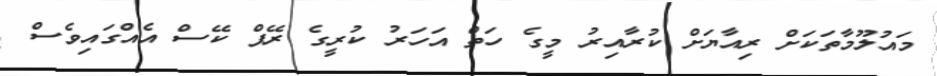
މައުލޫމާތަކަށް ރިއާޔަށް ކުރާއިރު މީގެ ހަތް އަހަރު ކުރީގެ ރޭޕް ކޭސް އެއްގައިވެސް